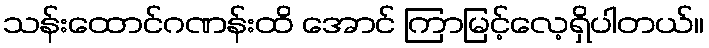
သန်းထောင်ဂဏန်းထိ အောင် ကြာမြင့်လေ့ရှိပါတယ်။